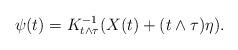
LaTeX: \begin{align*}\psi(t)=K_{t\wedge \tau}^{-1}(X(t)+(t\wedge \tau)\eta).\end{align*}